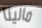
مالينا